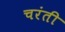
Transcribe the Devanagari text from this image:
चरंती